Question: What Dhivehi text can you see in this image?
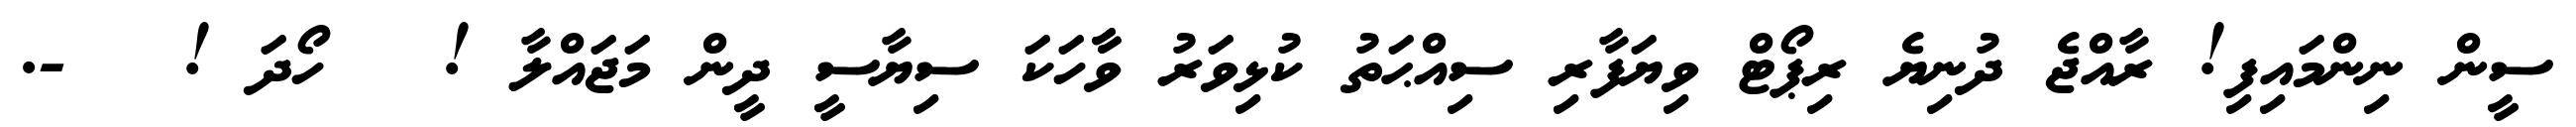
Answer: ސީން ނިންމައިފި! ރާއްޖެ ދުނިޔެ ރިޕޯޓް ވިޔަފާރި ސިއްޙަތު ކުޅިވަރު ވާާހަކަ ސިޔާސީ ދީން މަޖައްލާ ! ? ހޯދަ ! ? -.